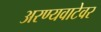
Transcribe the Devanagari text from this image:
अरण्यवाटेवर